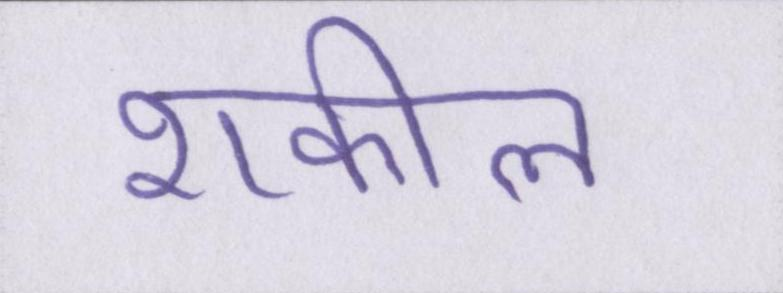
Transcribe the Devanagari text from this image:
शकील